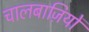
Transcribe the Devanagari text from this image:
चालबाज़ियों